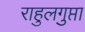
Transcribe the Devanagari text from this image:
राहुलगुप्ता